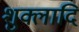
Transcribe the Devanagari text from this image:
शुक्लादि